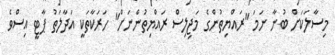
މިސާލަކަށް ބުނާ ނަމަ "ރައްޔިތުންގެ މަޖިލިސް ރައްޔިތުންނަށް" ހަރަކާތަކީ އަދާލަތު ޕާޓީ އިސްވެ